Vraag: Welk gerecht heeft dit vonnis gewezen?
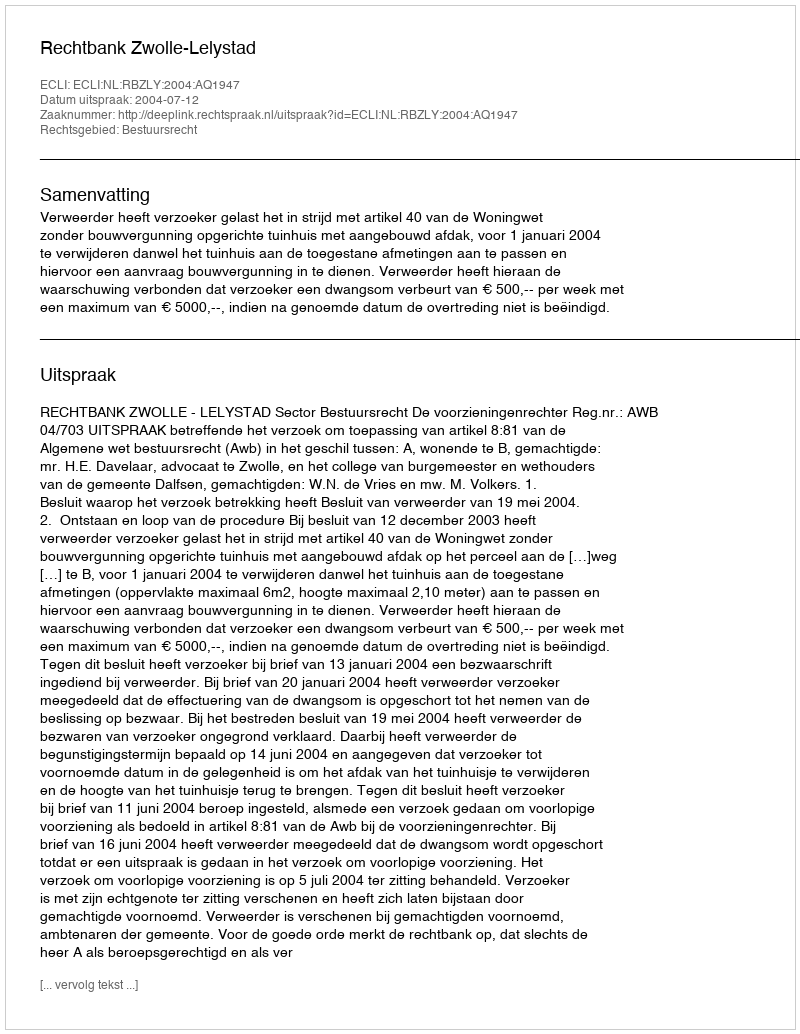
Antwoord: Rechtbank Zwolle-Lelystad